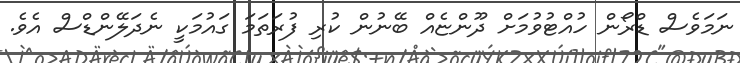
ނަމަވެސް ޑްރޯން ހުއްޓުވުމަށް ދޫންޏެއް ބޭނުން ކުރި ފުރަތަމަ ގައުމަކީ ނެދަލޭންޑްސް އެވެ.